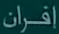
إفران